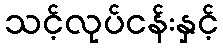
သင့်လုပ်ငန်းနှင့်